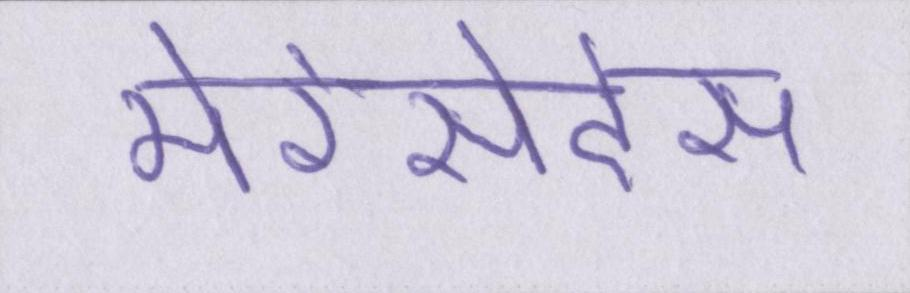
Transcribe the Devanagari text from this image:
मेरेसेदेस